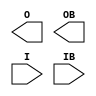


module IBUFDS_DIFF_OUT (O, OB, I, IB);

    parameter DIFF_TERM = "FALSE";
    parameter DQS_BIAS = "FALSE";
    parameter IBUF_LOW_PWR = "TRUE";
    parameter IOSTANDARD = "DEFAULT";
`ifdef XIL_TIMING
    parameter LOC = " UNPLACED";
`endif
    output O, OB;

    input  I, IB;


endmodule